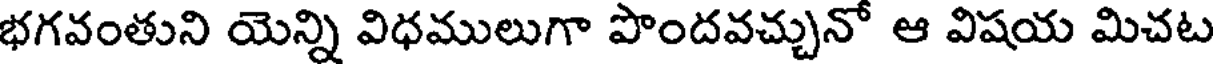
భగవంతుని యెన్ని విధములుగా పొందవచ్చునో ఆ విషయ మిచట